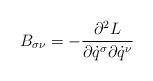
LaTeX: \begin{gather*}B_{\sigma \nu} = - \frac{\partial^2L}{\partial \dot q^\sigma \partial \dot q^\nu}\end{gather*}